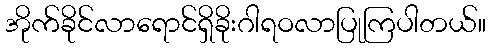
အိုက်ခိုင်လာရောင်ရှိခိုးဂါရဝလာပြုကြပါတယ်။